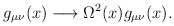
\begin{align*}g_{\mu \nu }(x)\longrightarrow \Omega ^{2}(x)g_{\mu \nu }(x).\end{align*}